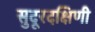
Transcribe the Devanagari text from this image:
सुदूरदक्षिणी